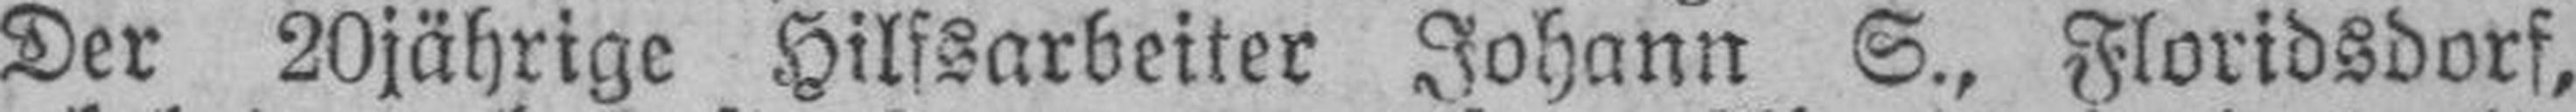
Der 20jährige Hilfsarbeiter Johann S., Floridsdorf,